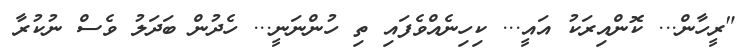
"ރީހާން... ކޮންއިރަކު އައީ... ކިހިނެއްވެފައި ތި ހުންނަނީ... ހެދުން ބަދަލު ވެސް ނުކުރާ